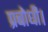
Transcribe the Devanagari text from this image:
प्रबोधी।